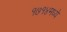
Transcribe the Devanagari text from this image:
१७१४मध्ये